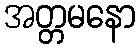
အတ္တမနော